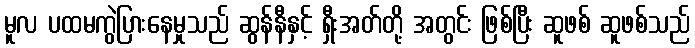
မူလ ပထမကွဲပြားနေမှုသည် ဆွန်နီနှင့် ရှီးအတ်တို့ အတွင်း ဖြစ်ပြီး ဆူဖစ် ဆူဖစ်သည်